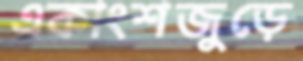
একাংশজুড়ে